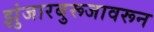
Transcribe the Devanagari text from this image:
झुंजारबुरूजावरून